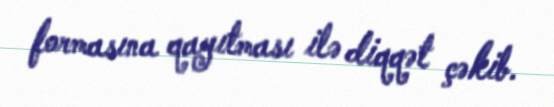
formasına qayıtması ilə diqqət çəkib.